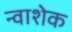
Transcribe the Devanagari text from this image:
न्वाशेक